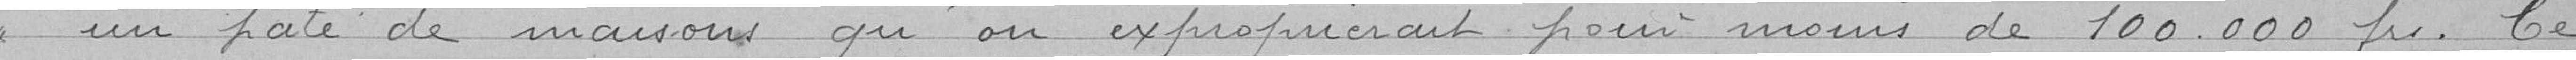
un pâté de maisons qu'on exproprierait pour moins de 100 000 francs. Ce